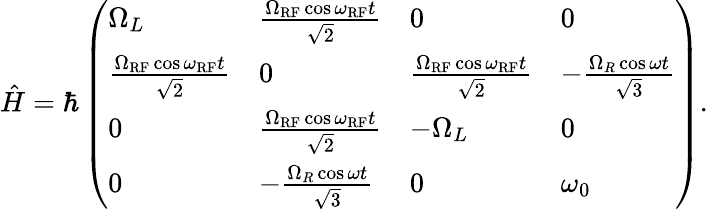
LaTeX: \begin{array}{r}{\hat{H}=\hbar\left(\begin{array}{llll}{\Omega_{L}}&{\frac{\Omega_{\mathrm{RF}}\cos\omega_{\mathrm{RF}}t}{\sqrt{2}}}&{0}&{0}\\ {\frac{\Omega_{\mathrm{RF}}\cos\omega_{\mathrm{RF}}t}{\sqrt{2}}}&{0}&{\frac{\Omega_{\mathrm{RF}}\cos\omega_{\mathrm{RF}}t}{\sqrt{2}}}&{-\frac{\Omega_{R}\cos\omega t}{\sqrt{3}}}\\ {0}&{\frac{\Omega_{\mathrm{RF}}\cos\omega_{\mathrm{RF}}t}{\sqrt{2}}}&{-\Omega_{L}}&{0}\\ {0}&{-\frac{\Omega_{R}\cos\omega t}{\sqrt{3}}}&{0}&{\omega_{0}}\end{array}\right).}\end{array}